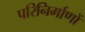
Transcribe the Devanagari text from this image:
परिनिर्माणों